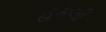
હકલી